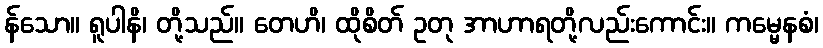
န်သော။ ရူပါနိ၊ တို့သည်။ တေဟိ၊ ထိုစိတ် ဥတု အာဟာရတို့လည်းကောင်း။ ကမ္မေနစံ၊